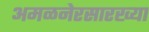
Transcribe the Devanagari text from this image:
अमळनेरसारख्या